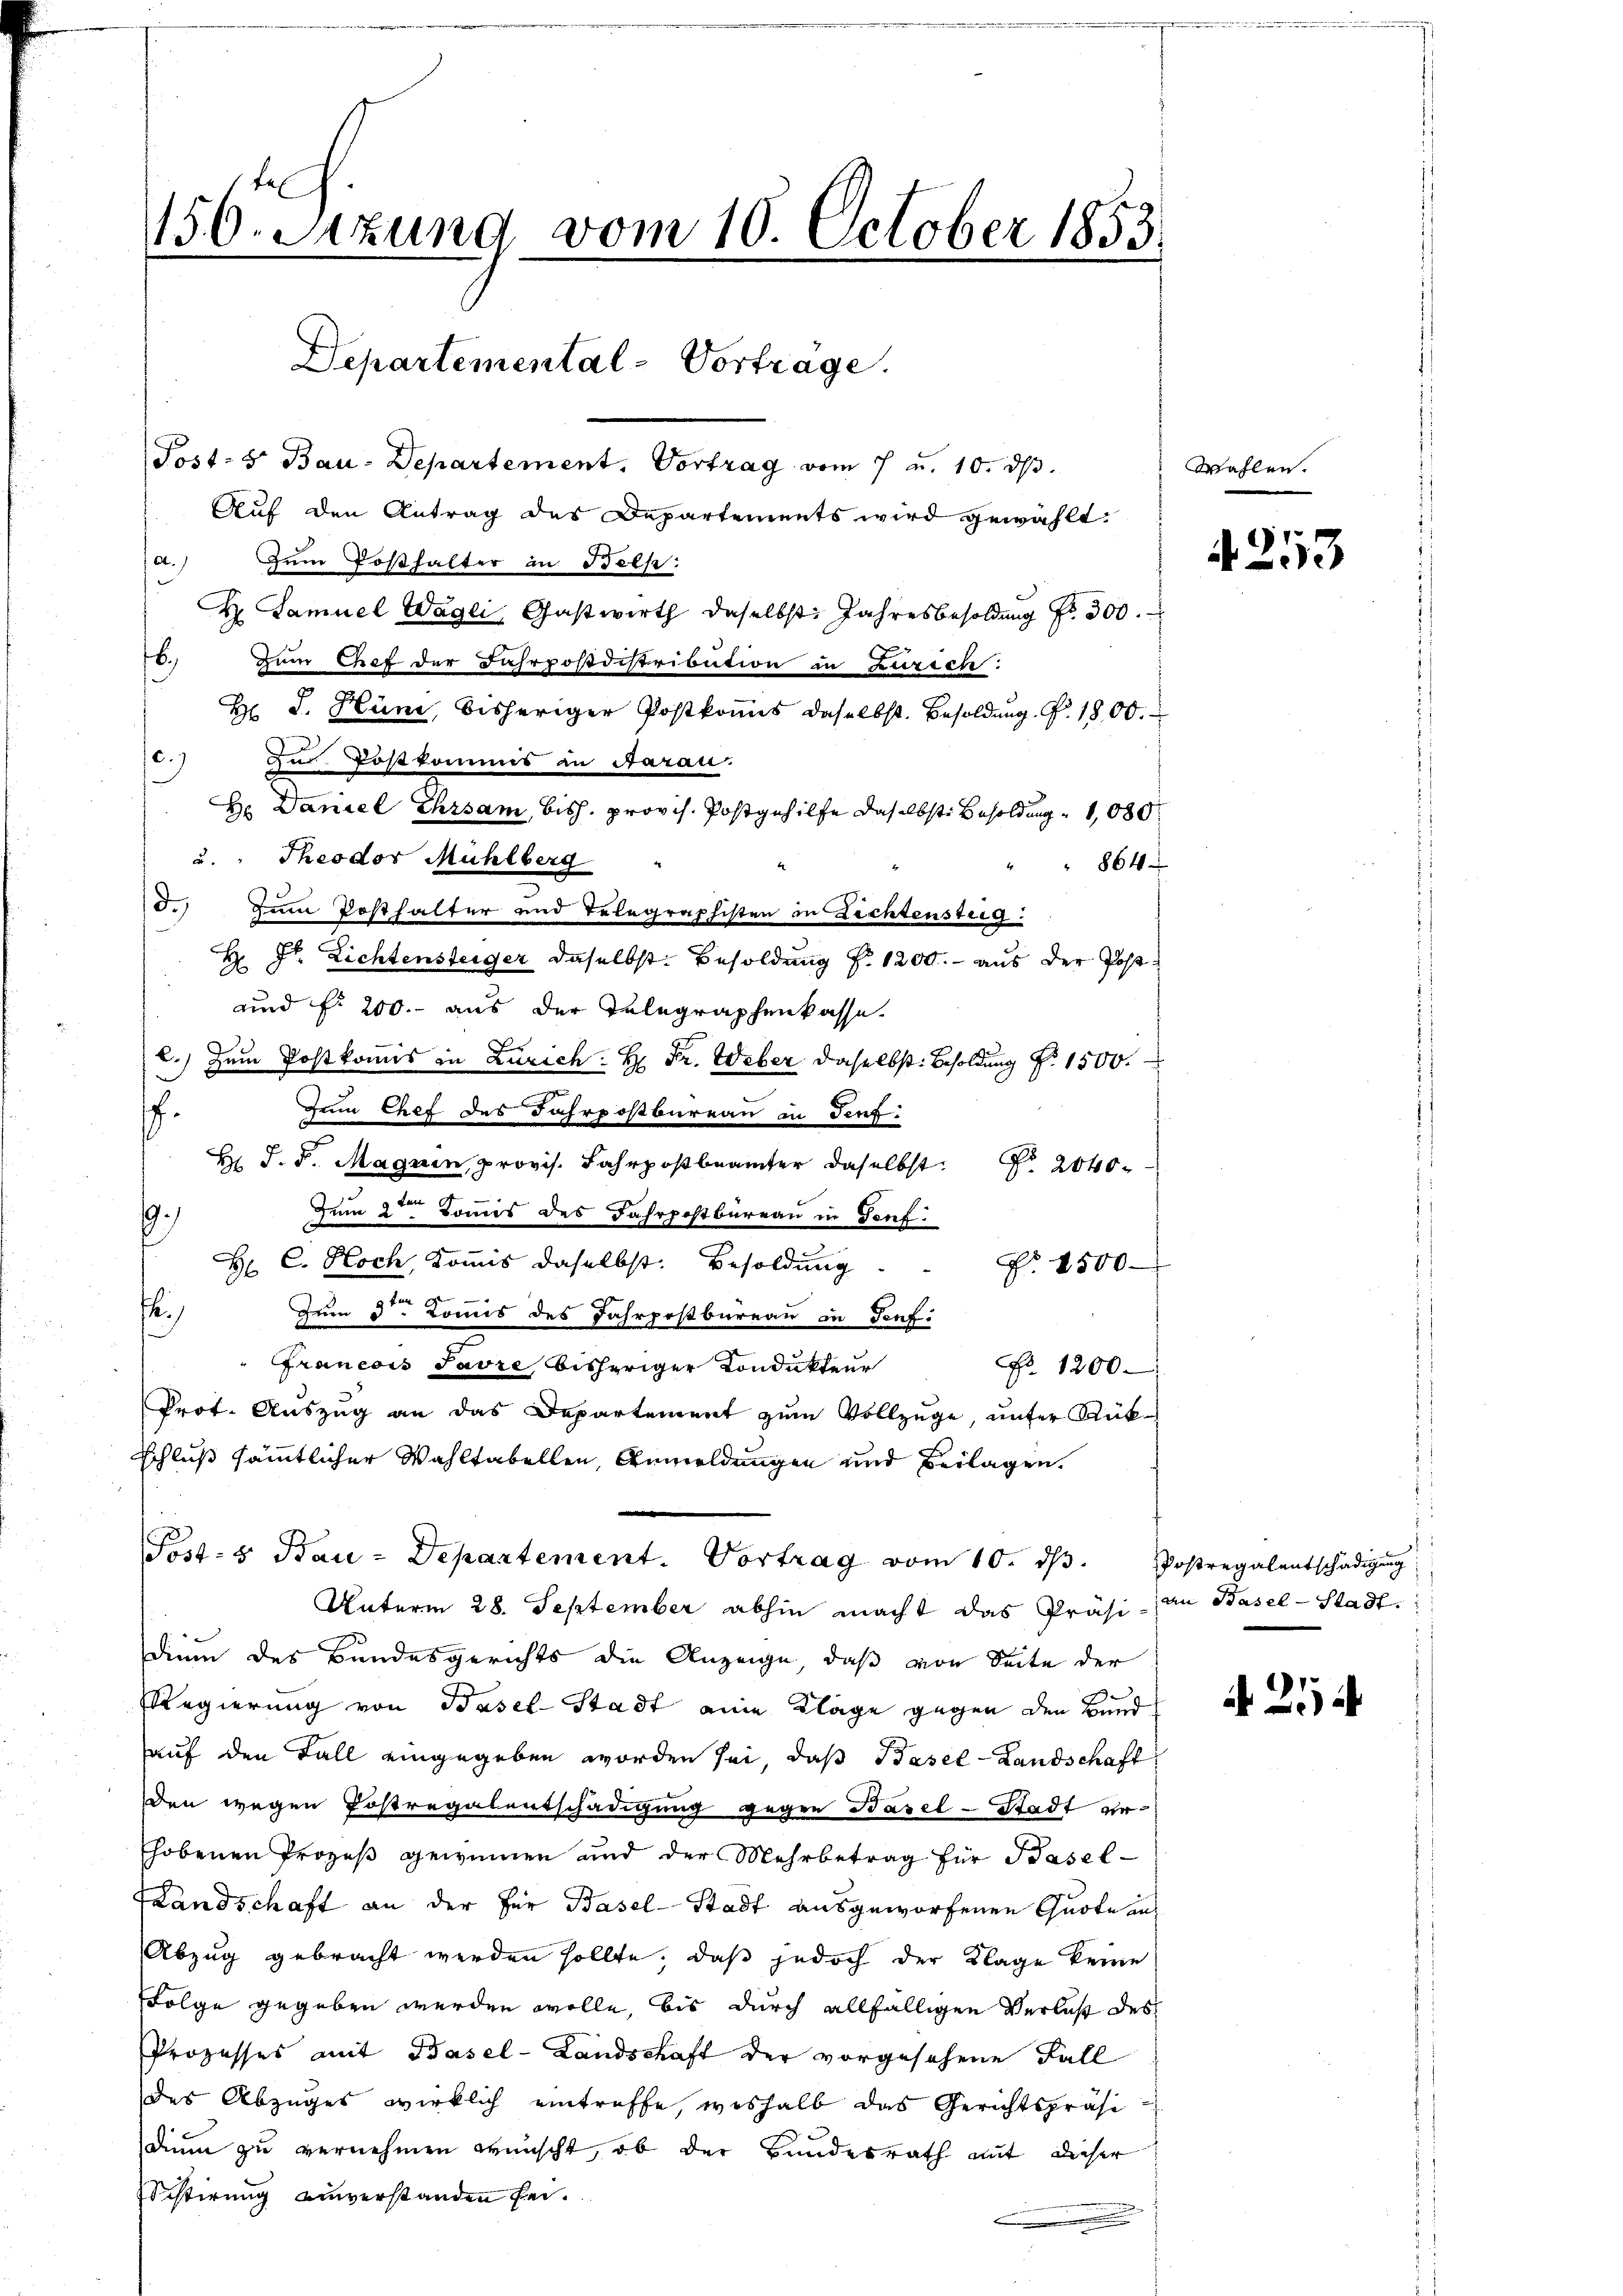
150. Sizung vom 10. October 1853.

Departemental-Vortrage.
Post- u Bau-Departement, Vortrag vom 7 u. 10. ds.

Auf den Antrag des Departements wird gewählt:
a.) zum Posthalter in Belp:
H. Samuel Wägli, Gastwirth daselbst: Jahresbesoldung Fr. 300.
6. Zum Chef der Fahrpostdistribution in Zürich:
H J. Hüni, bisheriger Postkomis daselbst. Besoldung. P. 1800.
12.) Zur Postkommis in Aarau
Hr. Daniel Ehrsam, bish. provis. Postgehilfe daselbst Besoldung 1080
u. " Theodor Mühlberg
5.) Dem Posthalter und Telegraphisten in Zechtensteig.
h
Fr. Lichtensteiger daselbst. Besoldung f. 1200.- aus der Postd
und fr 200. aus der Telegraphenkasse.
b.) Dem Postkommis in Zürich: H: Fr. Weber daselbst Besoldung Fr. 1500.
Zeim Chef des Fahrpostbureau in Teuf
.
e
B. J. J. Magnen, provis. Jahrsbeamter daselbst 200
Zum 2. Domis des Fahrpostbureau in Genf.
.
H: C. Hoch, Kommis daselbst. Besoldŭng . . . 4500
x
t
Zum 3ten Komis des Jahrpostbureau in Genf.
Francois Favre bisheriger Condukteur
No. 1200
Prot. Aŭszŭg an das Departement zŭm Vollzüge, ŭnter Rück-
Schluß sämmtlicher Wahltabellen, Anmeldungen und Beilagen.
Post- & Bau-Departement. Vortrag vom 10. dβ. Postregalentschädigung
Unterm 28. September abhin macht das Präsi- an Basel-Stadt
dium des Bundesgerichts die Anzeige, daß von Seite der
Regierung von Basel-Stadt eine Klage gegen den Bund
auf den Fall eingegeben worden sei, daß Basel-Landschaft
den wegen Postregalentschädigung gegen Basel-Stadt erhobenen Prozeß gewinnen und der Mehrbetrag für Basel-
Landschaft an der für Basel-Stadt ausgeworfenen Quote an¬
Abzug gebracht werden sollte, daß jedoch der Klage keine
Folge gegeben werden wolle, bis durch allfälligen Verlust des
Prozesses mit Basel-Landschaft der vorgesehene Fall
des Abzuges wirklich eintreffe, weshalb das Gerichtspräsidium zu vernehmen wünscht, ob der Bundesrath mit dieser
Fistirung einverstanden sei.

864.

Wahlen.

4. 253

21